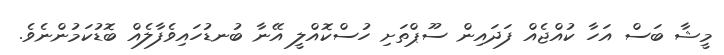
މީޝާ ބަސް އަހާ ކުއްޖެއް ފަދައިން ސޫޕްތަށި ހުސްކޮއްލީ އޭނާ ބުނޑުހައިވެފާލެއް ބޮޑުކަމުންނެވެ.